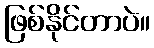
ဖြစ်နိုင်တာပဲ။